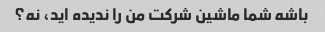
باشه شما ماشین شرکت من را ندیده اید، نه؟